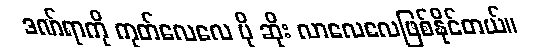
ဒဏ်ရာကို ကုတ်လေလေ ပို ဆိုး လာလေလေဖြစ်နိုင်တယ်။